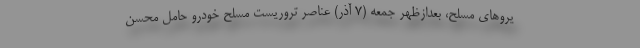
یروهای مسلح، بعدازظهر جمعه (۷ آذر) عناصر تروریست مسلح خودرو حامل محسن